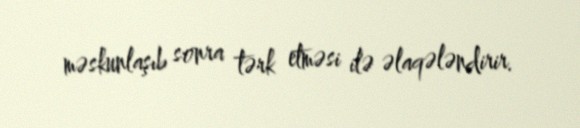
məskunlaşıb sonra tərk etməsi ilə əlaqələndirir.